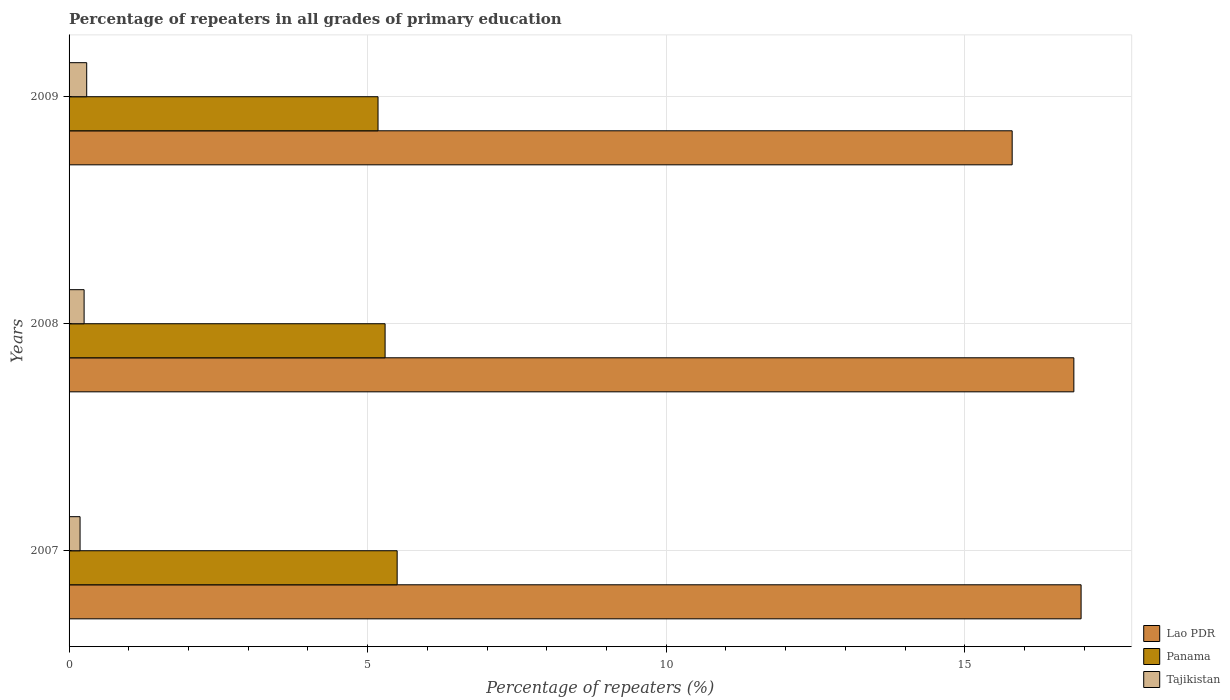
| Years | Lao PDR | Panama | Tajikistan |
 | --- | --- | --- | --- |
 | 2007 | 16.9 | 5.49 | 0.184 |
 | 2008 | 16.8 | 5.29 | 0.252 |
 | 2009 | 15.8 | 5.17 | 0.295 |